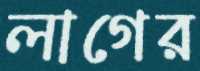
লাগের